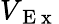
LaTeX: V_{\mathrm{~E~x~}}